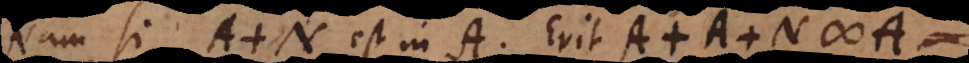
Nam si A + N est in A. Erit A + A + N #